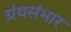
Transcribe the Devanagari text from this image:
ग्रंथसंभार